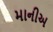
માનીઅ